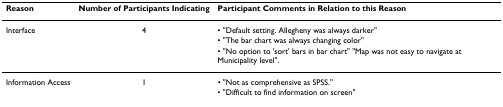
<table><thead><tr><td><b>Reason</b></td><td><b>Number of Participants Indicating</b></td><td><b>Participant Comments in Relation to this Reason</b></td></tr></thead><tbody><tr><td>Interface</td><td>4</td><td>• &quot;Default setting. Allegheny was always darker&quot;</td></tr><tr><td></td><td></td><td>• &quot;The bar chart was always changing color&quot;</td></tr><tr><td></td><td></td><td>• &quot;No option to &#x27;sort&#x27; bars in bar chart&quot; &quot;Map was not easy to navigate at Municipality level&quot;.</td></tr><tr><td>Information Access</td><td>1</td><td>• &quot;Not as comprehensive as SPSS.&quot;</td></tr><tr><td></td><td></td><td>• &quot;Difficult to find information on screen&quot;</td></tr></tbody></table>